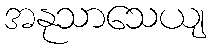
အနုသာသေယျ